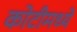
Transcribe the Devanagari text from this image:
कोटीमध्ये